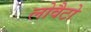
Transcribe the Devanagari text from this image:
लोवैटो